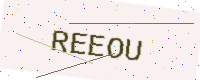
Text: REEOU